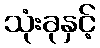
သုံးခုနှင့်